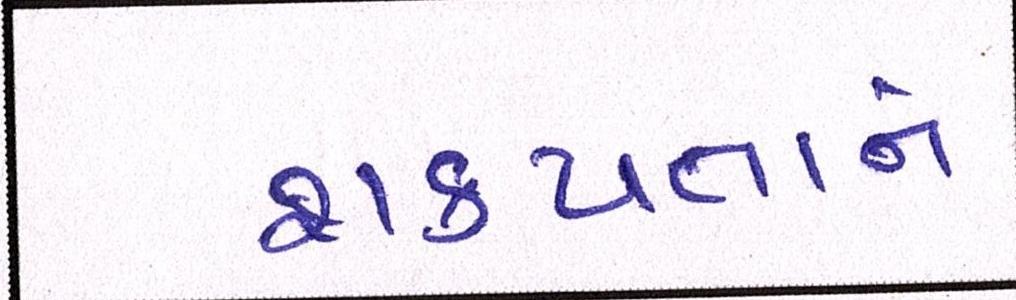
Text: શક્યતાને